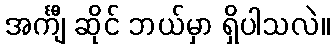
အင်္ကျီ ဆိုင် ဘယ်မှာ ရှိပါသလဲ။